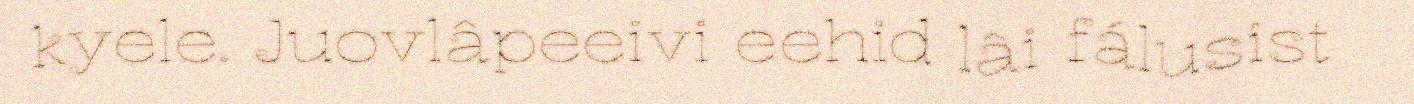
kyele. Juovlâpeeivi eehid lâi fálusist